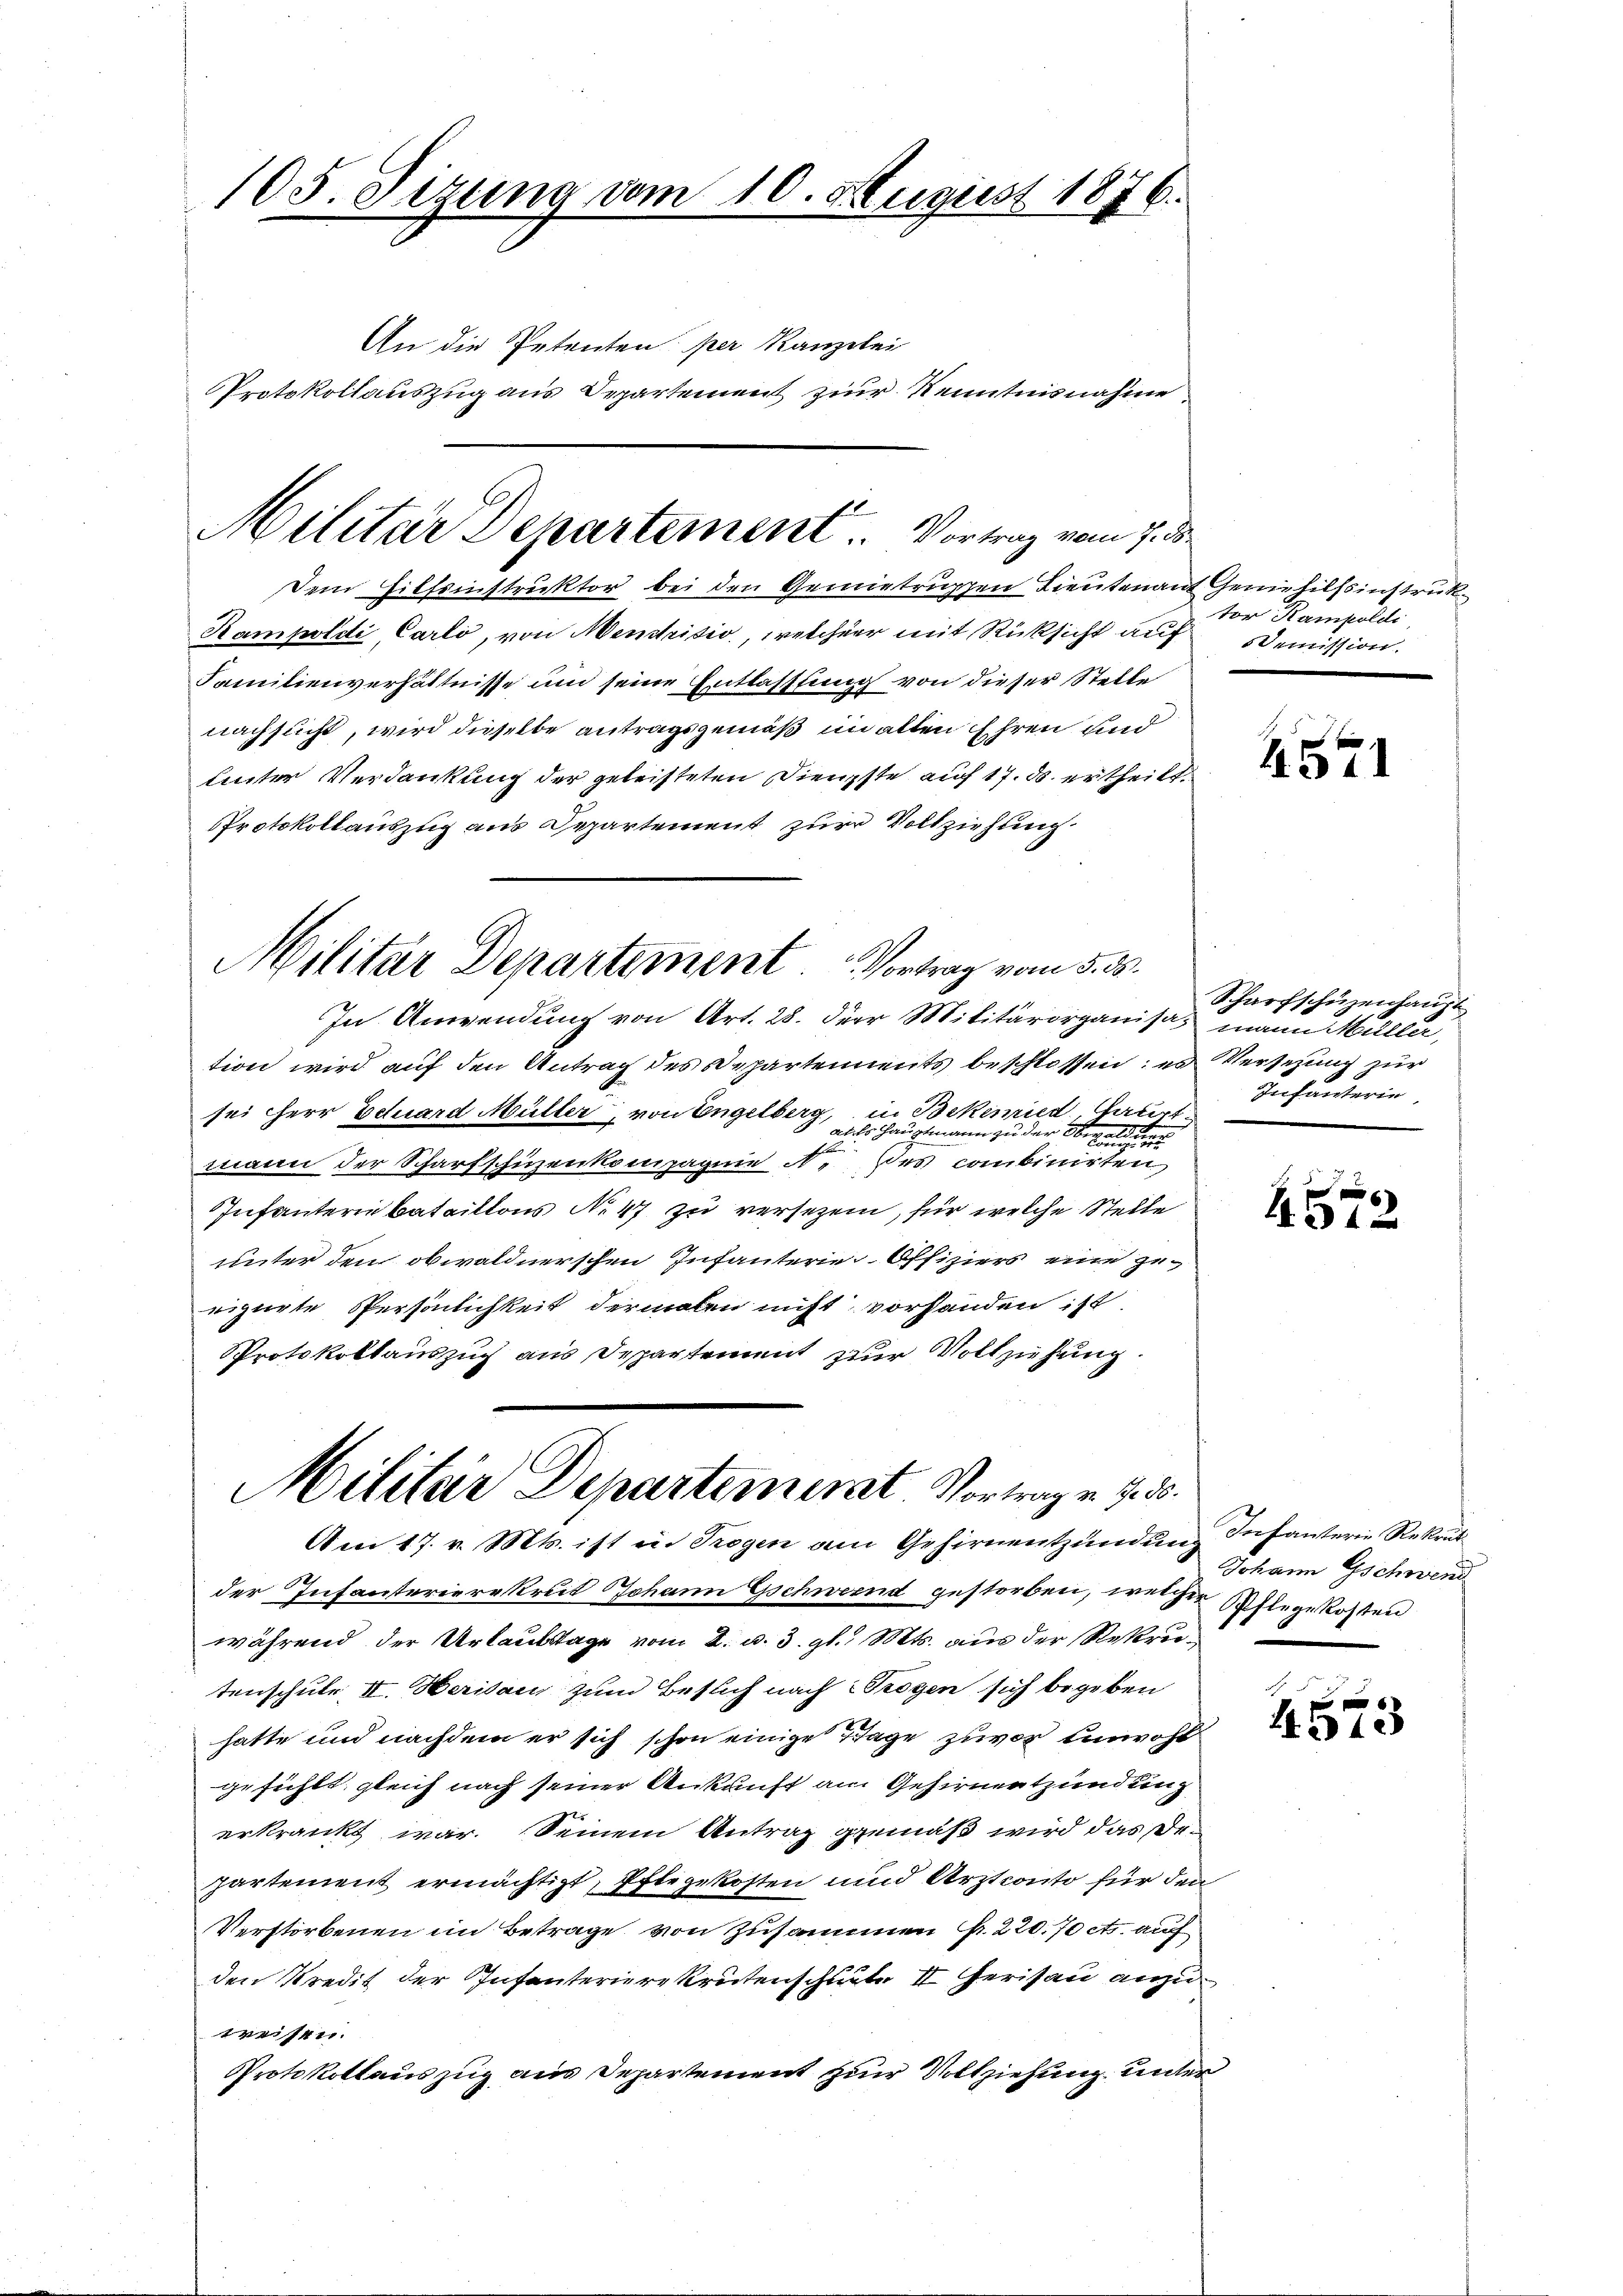
105. Sitzung vom 10. August 1876.
An die Petenten per Kanzelei
Protokollauszug aus Departement zur Kenntnisnahme

Dem Hilfsinstruktor bei den Gemietruppen Lieutenant Geniehilfsinstruk¬
Hampoldi Carlo, von Menstitio, welcher mit Rücksicht auf
Familienverhältnisse um seine Entlassung von dieser Stelle
nachsucht, wird dieselbe antragsgemäß in alten Ehren und
linter Verdankung der geleisteten Dienste auf 17. ds. ertheilt.
Protokollauszug aus Departement zur Vollziehung
In Anwendung von Art. 28. der Militärorganisaz mann Müller,
tion wird auf den Antrag des Departennents beschlossen: es Versezung zur
sei herr Eduard Müller, von Engelberg, in Bekenried Gaurt
auls Hauptmann zu der 30.
.
mann der Scharfschüzenkompagnie N. des combinirten
Infanterie bataillons No 47 zu versezen, für welche Stelle
unter den obwaldnerschen Infanterie-Offiziers eine gerigirte Persönlichkeit dermalen nicht vorhanden ist.
Protokollauszug aus Departement zur Vollziehung.
Militar Departeminat Vortrag u. f. 3.
Am 17. v. Mts. ist in Trogen am Gehirnentzündung Infanterie Rekrut
der Infanterierekrut Johann Gschwernd gestorben, welcher Pflege kosten
während der Urlaubstage vom 2. d. 3. gl. Mts. aus der Rekrutenschule II. Herisau zum Besuch nach Trogen sich begeben
hatte und nachdem er sich schon einige Tage zuvor unwohl
gefühlt, gleich nach seiner Ankauft am Gehirnentzündung
erkrankt war. Seinem Antrag gemäß wird das Departement ermächtigt, Pflegekosten und Arztconto für den
Verstorbenen im Betrage von Zusammen N. 220. 70 cts. auf
den Kredit der Infanterierekrutenschute Iherisau anzuweisen.
Protokollauszug aus Departement zur Vollziehung unter

Militar Departement. Vortrag vom 7. ds.

Militar Departement. Vortrag vom 5. 55.

tor Kampoldi,
Demission.

4571

Scharfschüzenhaupt
Infanterin

e
451.

Johann Gschwend

1312